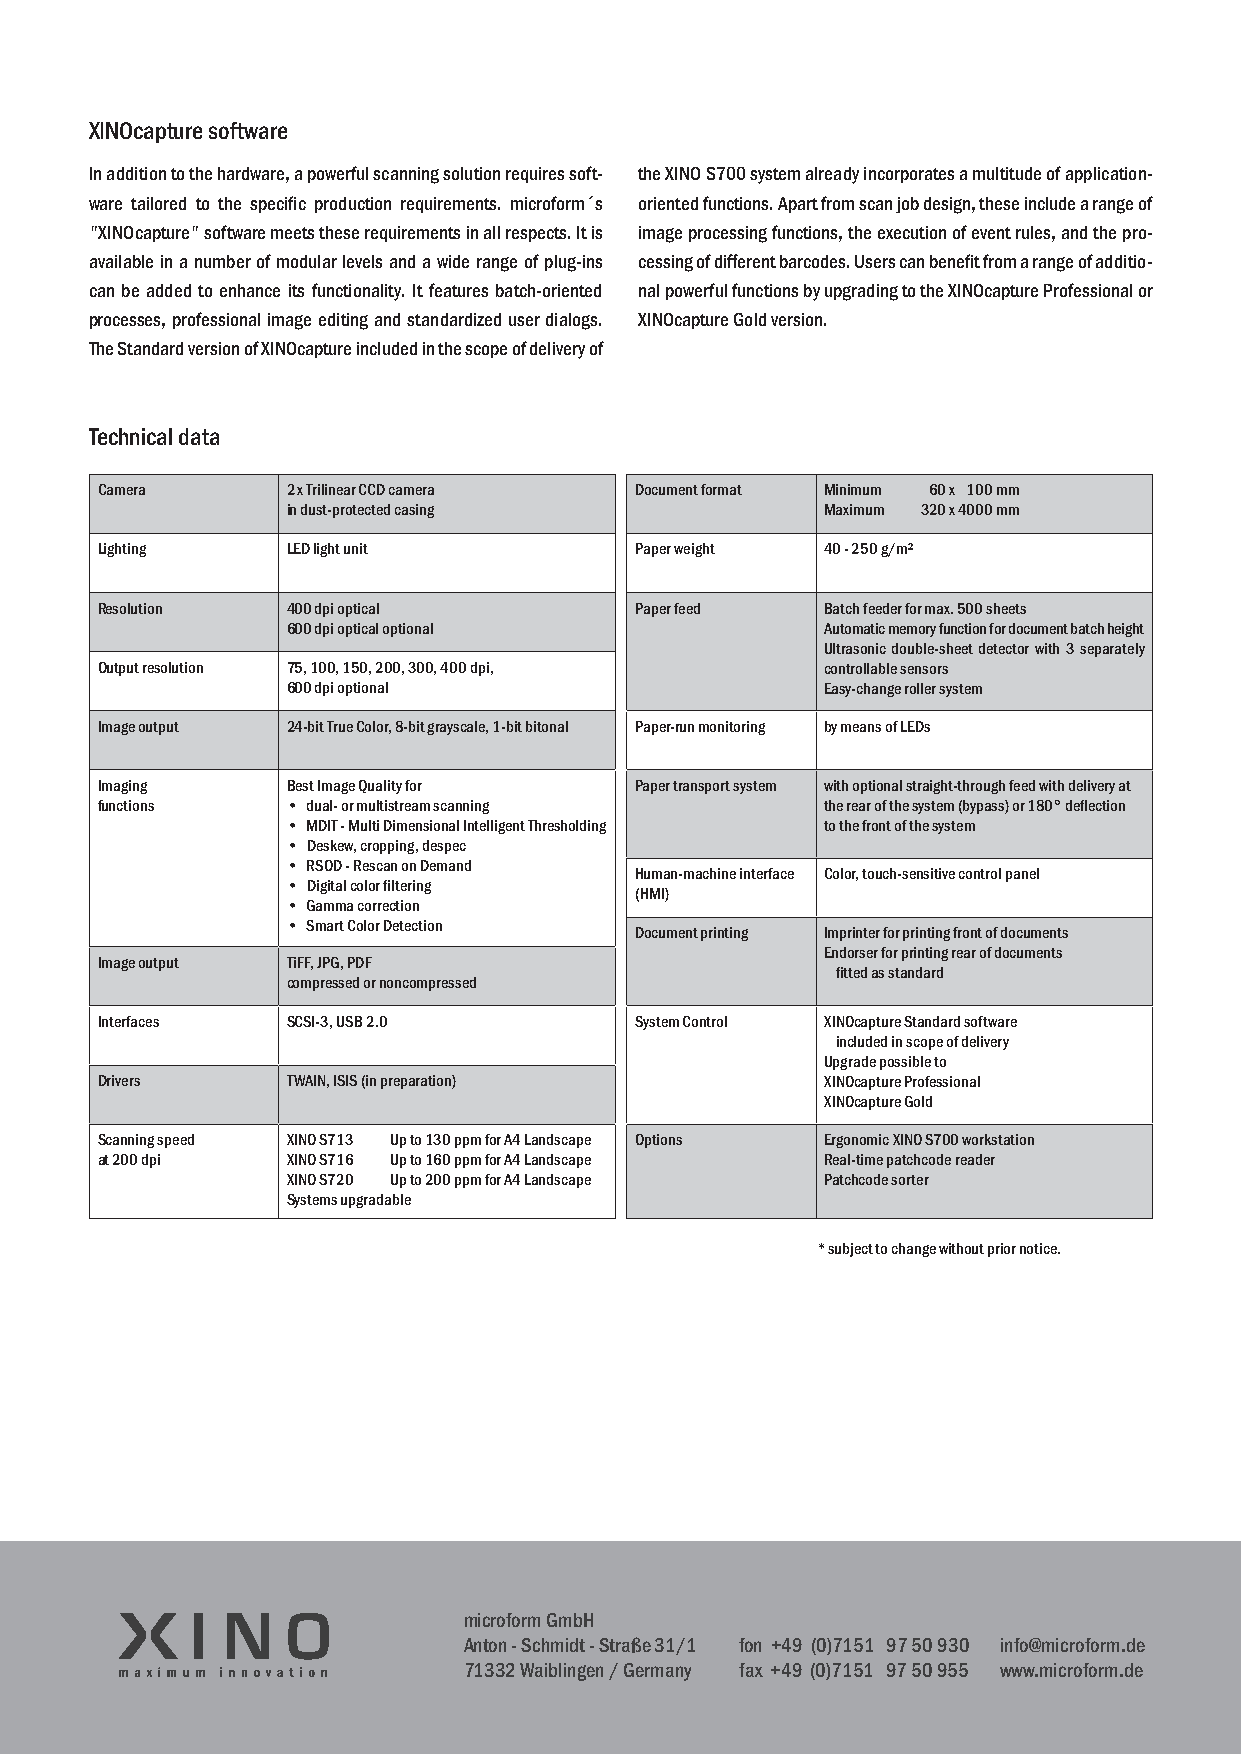
XINOcapture software
 In addition to the hardware, a powerful scanning solution requires soft- the XINO S700 system already incorporates a multitude of application-
 ware tailored to the specific production requirements. microform´s oriented functions. Apart from scan job design, these include a range of
 "XINOcapture" software meets these requirements in all respects. It is image processing functions, the execution of event rules, and the pro-
 available in a number of modular levels and a wide range of plug-ins cessing of different barcodes. Users can benefit from a range of additio-
 can be added to enhance its functionality. It features batch-oriented nal powerful functions by upgrading to the XINOcapture Professional or
 processes, professional image editing and standardized user dialogs. XINOcapture Gold version.
 The Standard version of XINOcapture included in the scope of delivery of
 Technical data
 Camera       2 x Trilinear CCD camera Document format Minimum 60 x 100 mm
 in dust-protected casing            Maximum 320 x 4000 mm
 Lighting     LED light unit         Paper weight 40 - 250 g/m²
 Resolution   400 dpi optical        Paper feed   Batch feeder for max. 500 sheets
 600 dpi optical optional            Automatic memory function for document batch height
 Ultrasonic double-sheet detector with 3 separately
 Output resolution 75, 100, 150, 200, 300, 400 dpi, controllable sensors
 600 dpi optional                    Easy-change roller system
 Image output 24-bit True Color, 8-bit grayscale, 1-bit bitonal Paper-run monitoring by means of LEDs
 Imaging      Best Image Quality for Paper transport system with optional straight-through feed with delivery at
 functions    • dual- or multistream scanning     the rear of the system (bypass) or 180° deflection
 • MDIT - Multi Dimensional Intelligent Thresholding to the front of the system
 • Deskew, cropping, despec
 • RSOD - Rescan on Demand
 Human-machine interface Color, touch-sensitive control panel
 • Digital color filtering
 (HMI)
 • Gamma correction
 • Smart Color Detection
 Document printing Imprinter for printing front of documents
 Endorser for printing rear of documents
 Image output TiFF, JPG, PDF
 fitted as standard
 compressed or noncompressed
 Interfaces   SCSI-3, USB 2.0        System Control XINOcapture Standard software
 included in scope of delivery
 Upgrade possible to
 Drivers      TWAIN, ISIS (in preparation)        XINOcapture Professional
 XINOcapture Gold
 Scanning speed XINO S713 Up to 130 ppm for A4 Landscape Options Ergonomic XINO S700 workstation
 at 200 dpi   XINO S716 Up to 160 ppm for A4 Landscape Real-time patchcode reader
 XINO S720 Up to 200 ppm for A4 Landscape Patchcode sorter
 Systems upgradable
 * subject to change without prior notice.
 microform GmbH
 Anton - Schmidt - Straße 31/1 fon +49 (0)7151 9750930 info@microform.de
 71332 Waiblingen / Germany fax +49 (0)7151 9750955 www.microform.de